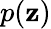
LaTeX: p(\mathbf{z})